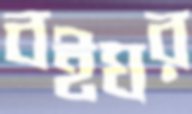
বইঘর